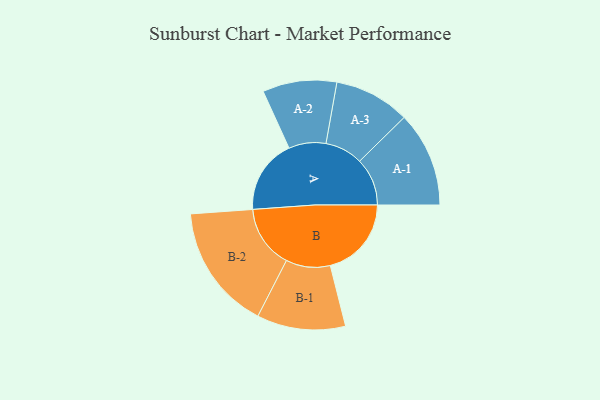
{"axis": {"x": "Segment", "y": "Value"}, "legend": ["", "A", "B"], "data": [{"x": "A", "y": 289, "type": ""}, {"x": "B", "y": 315, "type": ""}, {"x": "A-1", "y": 185, "type": "A"}, {"x": "A-2", "y": 144, "type": "A"}, {"x": "A-3", "y": 147, "type": "A"}, {"x": "B-1", "y": 172, "type": "B"}, {"x": "B-2", "y": 244, "type": "B"}]}